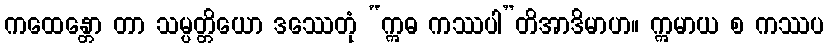
ကထေန္တော တာ သမ္ပတ္တိယော ဒဿေတုံ “ဣဓ ကဿပါ”တိအာဒိမာဟ။ ဣမာယ စ ကဿပ